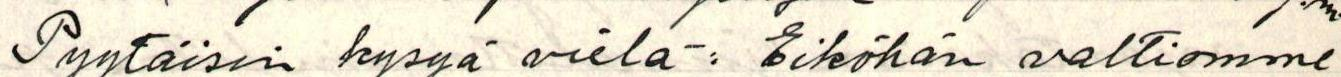
Pyytäisin kysyä vielä: Eiköhän valtiomme